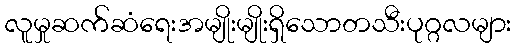
လူမှုဆက်ဆံရေးအမျိုးမျိုးရှိသောတသီးပုဂ္ဂလများ